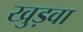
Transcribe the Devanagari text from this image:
खुड़वा